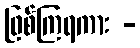
ဖြစ်ကြရကား -